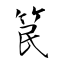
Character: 笢